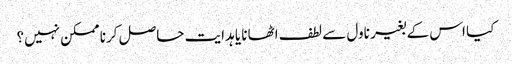
کیا اس کے بغیر ناول سے لطف اٹھانا یا ہدایت حاصل کرنا ممکن نہیں؟